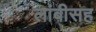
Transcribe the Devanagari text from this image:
लांबीसह